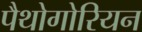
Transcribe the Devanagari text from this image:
पैथोगोरियन